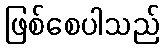
ဖြစ်စေပါသည်